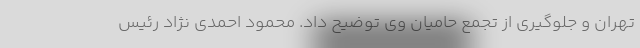
تهران و جلوگیری از تجمع حامیان وی توضیح داد. محمود احمدی نژاد رئیس